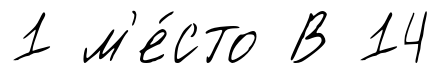
1 м'е́сто В 14